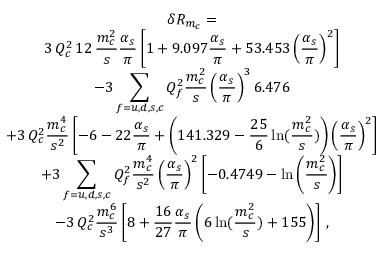
\begin{array} { c } { { \delta R _ { m _ { c } } = } } \\ { { \displaystyle 3 \, Q _ { c } ^ { 2 } \, 1 2 \, \frac { m _ { c } ^ { 2 } } { s } \frac { \alpha _ { s } } { \pi } \left[ 1 + 9 . 0 9 7 \frac { \alpha _ { s } } { \pi } + 5 3 . 4 5 3 \left( \frac { \alpha _ { s } } { \pi } \right) ^ { 2 } \right] } } \\ { { \displaystyle - 3 \sum _ { f = u , d , s , c } Q _ { f } ^ { 2 } \frac { m _ { c } ^ { 2 } } { s } \left( \frac { \alpha _ { s } } { \pi } \right) ^ { 3 } 6 . 4 7 6 } } \\ { { \displaystyle + 3 \, Q _ { c } ^ { 2 } \frac { m _ { c } ^ { 4 } } { s ^ { 2 } } \left[ - 6 - 2 2 \frac { \alpha _ { s } } { \pi } + \left( 1 4 1 . 3 2 9 - \frac { 2 5 } { 6 } \ln ( \frac { m _ { c } ^ { 2 } } { s } ) \right) \left( \frac { \alpha _ { s } } { \pi } \right) ^ { 2 } \right] } } \\ { { \displaystyle + 3 \sum _ { f = u , d , s , c } Q _ { f } ^ { 2 } \frac { m _ { c } ^ { 4 } } { s ^ { 2 } } \left( \frac { \alpha _ { s } } { \pi } \right) ^ { 2 } \left[ - 0 . 4 7 4 9 - \ln \left( \frac { m _ { c } ^ { 2 } } { s } \right) \right] } } \\ { { \displaystyle - 3 \, Q _ { c } ^ { 2 } \frac { m _ { c } ^ { 6 } } { s ^ { 3 } } \left[ 8 + \frac { 1 6 } { 2 7 } \frac { \alpha _ { s } } { \pi } \left( 6 \ln ( \frac { m _ { c } ^ { 2 } } { s } ) + 1 5 5 \right) \right] \, , } } \end{array}